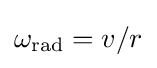
\omega _{\text{rad}}=v/r